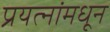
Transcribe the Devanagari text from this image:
प्रयत्‍नांमधून